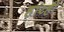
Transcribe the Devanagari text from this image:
हारही